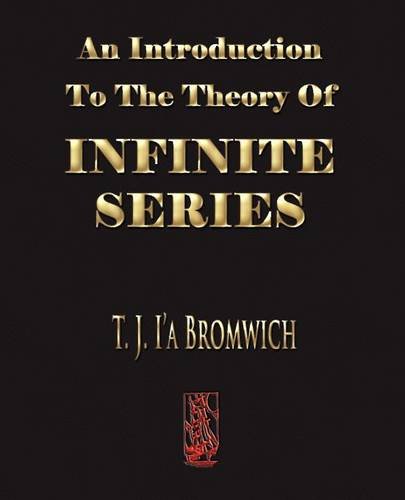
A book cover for An Introduction To The Theory Of Infinite Series; T. J. Bromwich; Science & Math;